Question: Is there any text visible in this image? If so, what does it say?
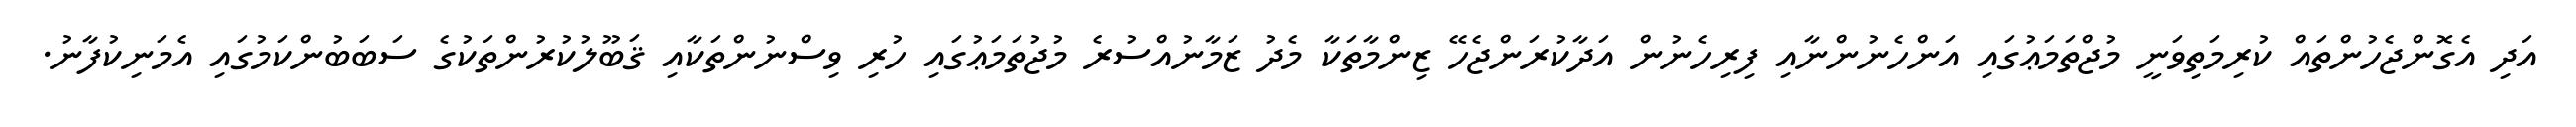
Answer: އަދި އެގޮންޖެހުންތައް ކުރިމަތިވަނީ މުޖްތަމަޢުގައި އަންހެނުންނާއި ފިރިހެނުން އަދާކުރަންޖެހޭ ޒިންމާތަކާ މެދު ޒަމާނުއްސުރެ މުޖުތަމަޢުގައި ހުރި ވިސްނުންތަކާއި ޤަބޫލުކުރުންތަކުގެ ސަބަބުންކަމުގައި އެމަނިކުފާނު.